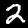
Digit: 2